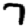
Digit: 7